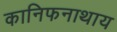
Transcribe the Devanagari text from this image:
कानिफनाथाय